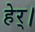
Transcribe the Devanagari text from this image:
हेर्।